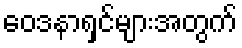
ဝေဒနာရှင်များအတွက်